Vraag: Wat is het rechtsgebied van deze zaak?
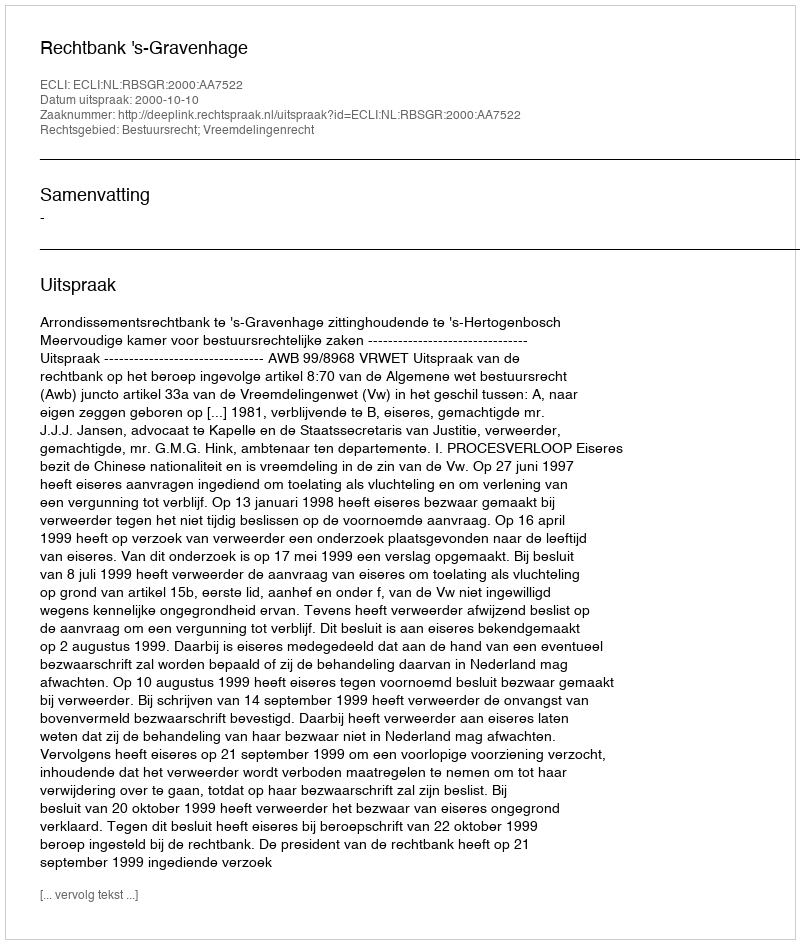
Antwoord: Bestuursrecht; Vreemdelingenrecht